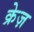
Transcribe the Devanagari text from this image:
क्रेज़